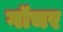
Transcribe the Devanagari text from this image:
गॉचर